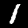
Digit: 1